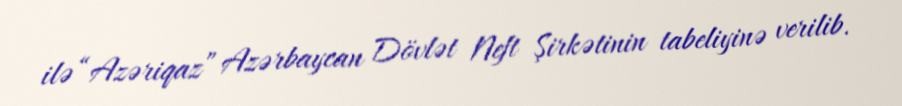
ilə “Azəriqaz” Azərbaycan Dövlət Neft Şirkətinin tabeliyinə verilib.